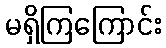
မရှိကြကြောင်း